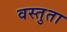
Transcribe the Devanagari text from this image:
वस्तुता